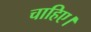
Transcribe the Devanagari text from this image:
चाहिए।